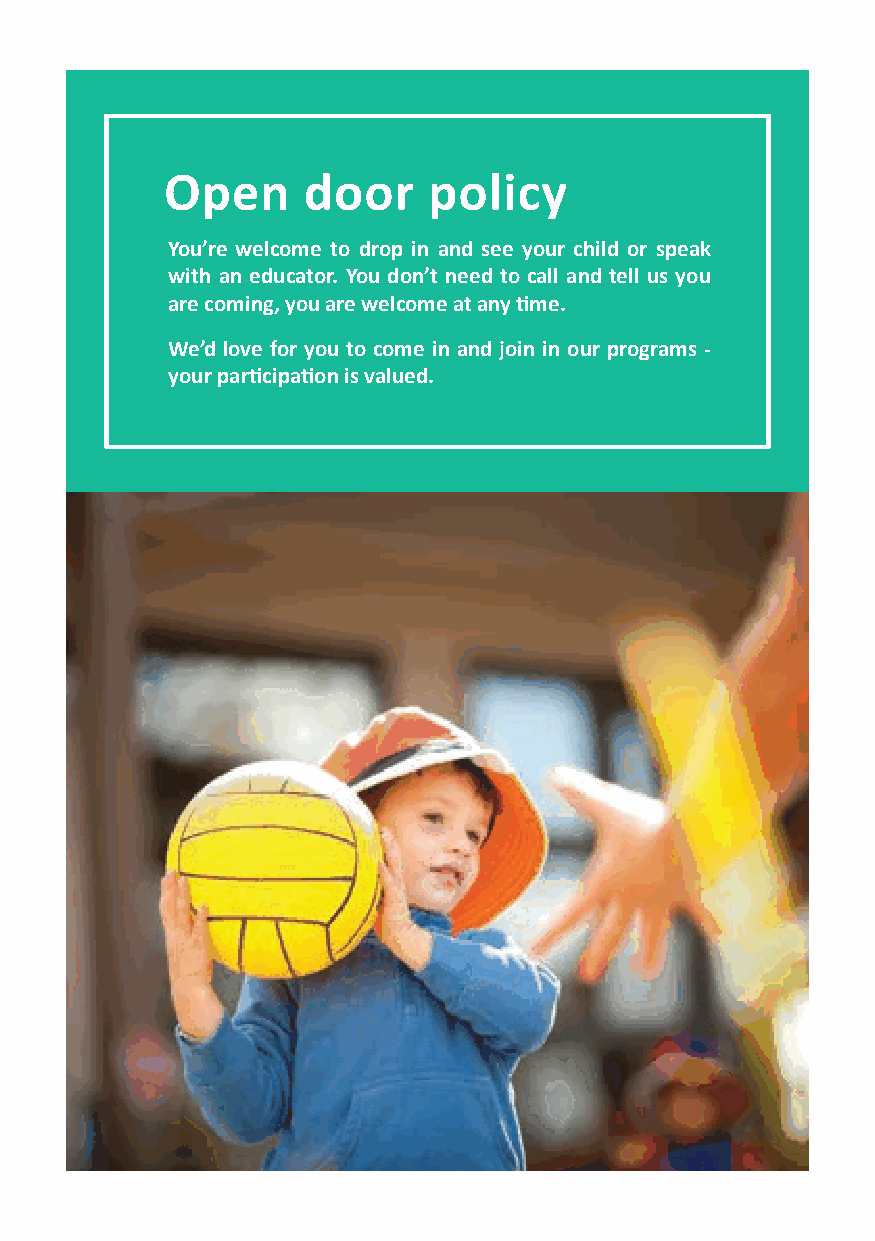
Open     door    policy
 You’re welcome to drop in and see your child or speak
 with an educator. You don’t need to call and tell us you
 are coming, you are welcome at any time.
 We’d love for you to come in and join in our programs -
 your participation is valued.